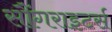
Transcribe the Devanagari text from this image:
सौंगराइटर्स